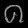
Digit: ၈